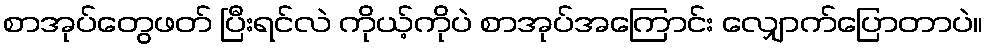
စာအုပ်တွေဖတ် ပြီးရင်လဲ ကိုယ့်ကိုပဲ စာအုပ်အကြောင်း လျှောက်ပြောတာပဲ။